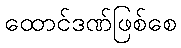
ထောင်ဒဏ်ဖြစ်စေ